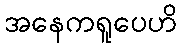
အနေကရူပေဟိ